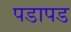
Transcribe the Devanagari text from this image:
पडापड